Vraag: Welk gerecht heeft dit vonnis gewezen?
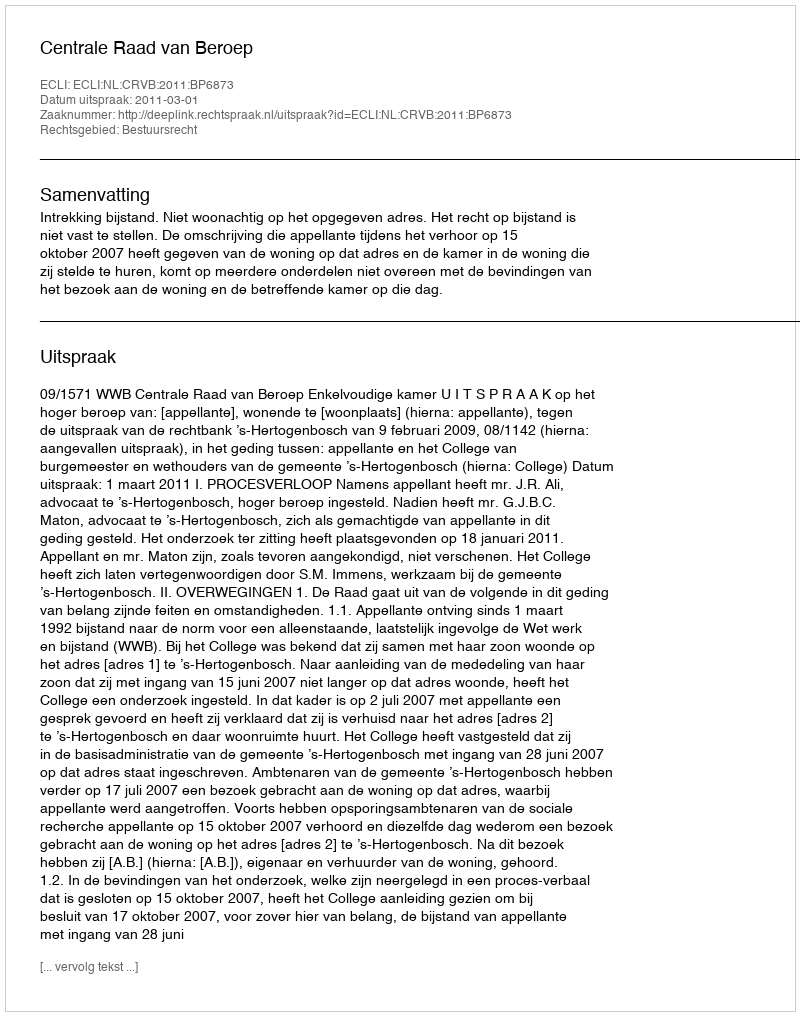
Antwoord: Centrale Raad van Beroep